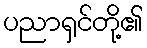
ပညာရှင်တို့၏